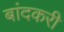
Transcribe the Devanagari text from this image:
बांदकरी